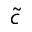
\tilde { c }